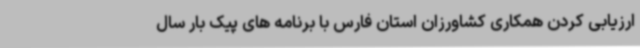
ارزیابی کردن همکاری کشاورزان استان فارس با برنامه های پیک بار سال